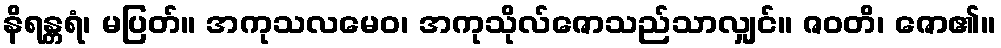
နိရန္တရံ၊ မပြတ်။ အကုသလမေဝ၊ အကုသိုလ်ဇောသည်သာလျှင်။ ဇဝတိ၊ ဇော၏။